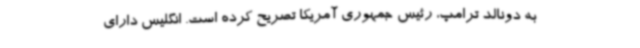
به دونالد ترامپ، رئیس جمهوری آمریکا تصریح کرده است. انگلیس دارای